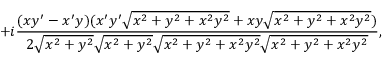
+ i { \frac { ( x y ^ { \prime } - x ^ { \prime } y ) ( x ^ { \prime } y ^ { \prime } { \sqrt { x ^ { 2 } + y ^ { 2 } + x ^ { 2 } y ^ { 2 } } } + x y { \sqrt { x ^ { 2 } + y ^ { 2 } + x ^ { 2 } y ^ { 2 } } } ) } { 2 { \sqrt { x ^ { 2 } + y ^ { 2 } } } { \sqrt { x ^ { 2 } + y ^ { 2 } } } { \sqrt { x ^ { 2 } + y ^ { 2 } + x ^ { 2 } y ^ { 2 } } } { \sqrt { x ^ { 2 } + y ^ { 2 } + x ^ { 2 } y ^ { 2 } } } } } ,